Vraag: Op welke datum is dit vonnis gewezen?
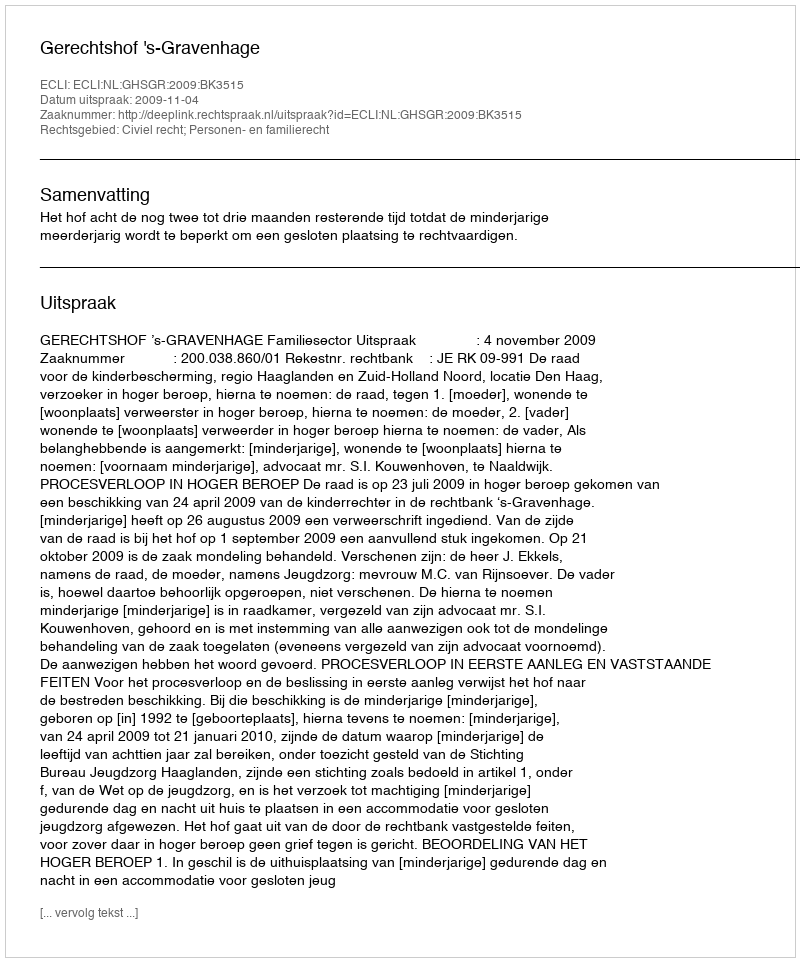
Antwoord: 2009-11-04